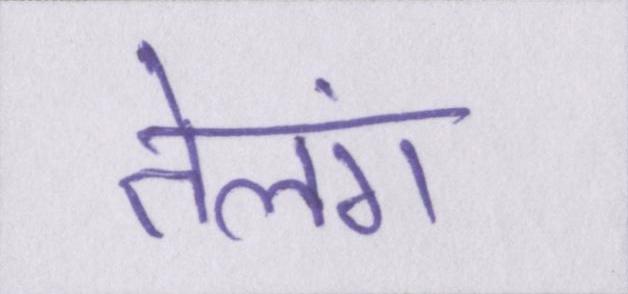
तेलंग